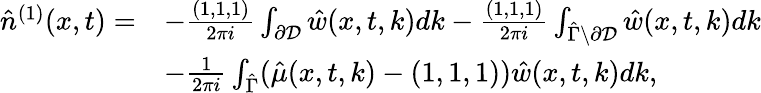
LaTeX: \begin{array}{rl}{\hat{n}^{(1)}(x,t)=}&{-\frac{(1,1,1)}{2\pi i}\int_{\partial\mathcal{D}}\hat{w}(x,t,k)dk-\frac{(1,1,1)}{2\pi i}\int_{\hat{\Gamma}\setminus\partial\mathcal{D}}\hat{w}(x,t,k)dk}\\ &{-\frac{1}{2\pi i}\int_{\hat{\Gamma}}(\hat{\mu}(x,t,k)-(1,1,1))\hat{w}(x,t,k)dk,}\end{array}